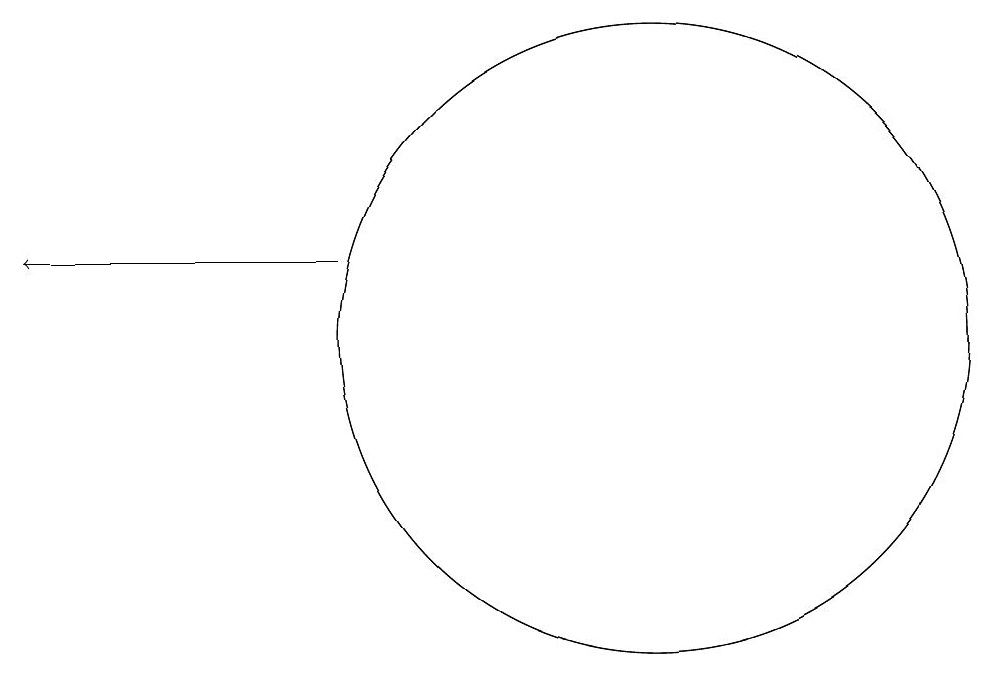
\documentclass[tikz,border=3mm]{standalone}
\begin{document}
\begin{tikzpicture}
\draw[->] (6,12) -- (2,12);
\draw (10,11) circle (4);
\draw (10,11) circle (4);
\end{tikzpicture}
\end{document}